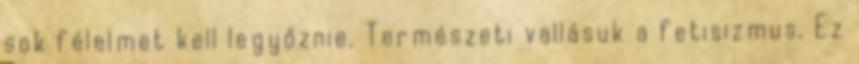
sok félelmet kell legyőznie. Természeti vallásuk a fetisizmus. Ez